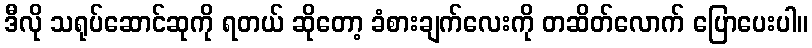
ဒီလို သရုပ်ဆောင်ဆုကို ရတယ် ဆိုတော့ ခံစားချက်လေးကို တဆိတ်လောက် ပြောပေးပါ။